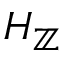
H _ { \mathbb { Z } }